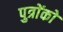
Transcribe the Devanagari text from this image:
पुत्राेंकाे